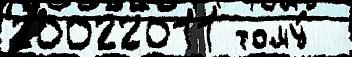
20022011 тому́